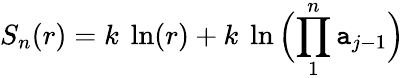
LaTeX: S_{n}(r)=k\ \ln(r)+k\ \ln\Big({\prod_{1}^{n}\mathtt{a}_{j-1}}\Big)